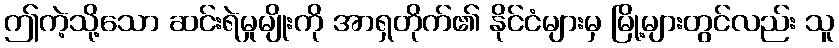
ဤကဲ့သို့သော ဆင်းရဲမှုမျိုးကို အာရှတိုက်၏ နိုင်ငံများမှ မြို့များတွင်လည်း သူ